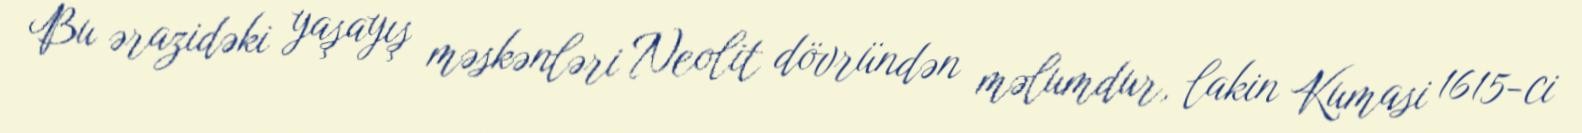
Bu ərazidəki yaşayış məskənləri Neolit dövründən məlumdur, lakin Kumasi 1615-ci